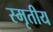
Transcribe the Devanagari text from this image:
स्मृतीय